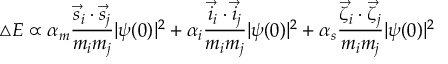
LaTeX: \triangle E \propto \alpha _ { m } \frac { \vec { s } _ { i } \cdot \vec { s } _ { j } } { m _ { i } m _ { j } } | \psi ( 0 ) | ^ { 2 } + \alpha _ { i } \frac { \vec { i } _ { i } \cdot \vec { i } _ { j } } { m _ { i } m _ { j } } | \psi ( 0 ) | ^ { 2 } + \alpha _ { s } \frac { \vec { \zeta } _ { i } \cdot \vec { \zeta } _ { j } } { m _ { i } m _ { j } } | \psi ( 0 ) | ^ { 2 }